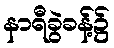
နာရီခွဲခန့်၌